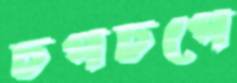
চপচপে